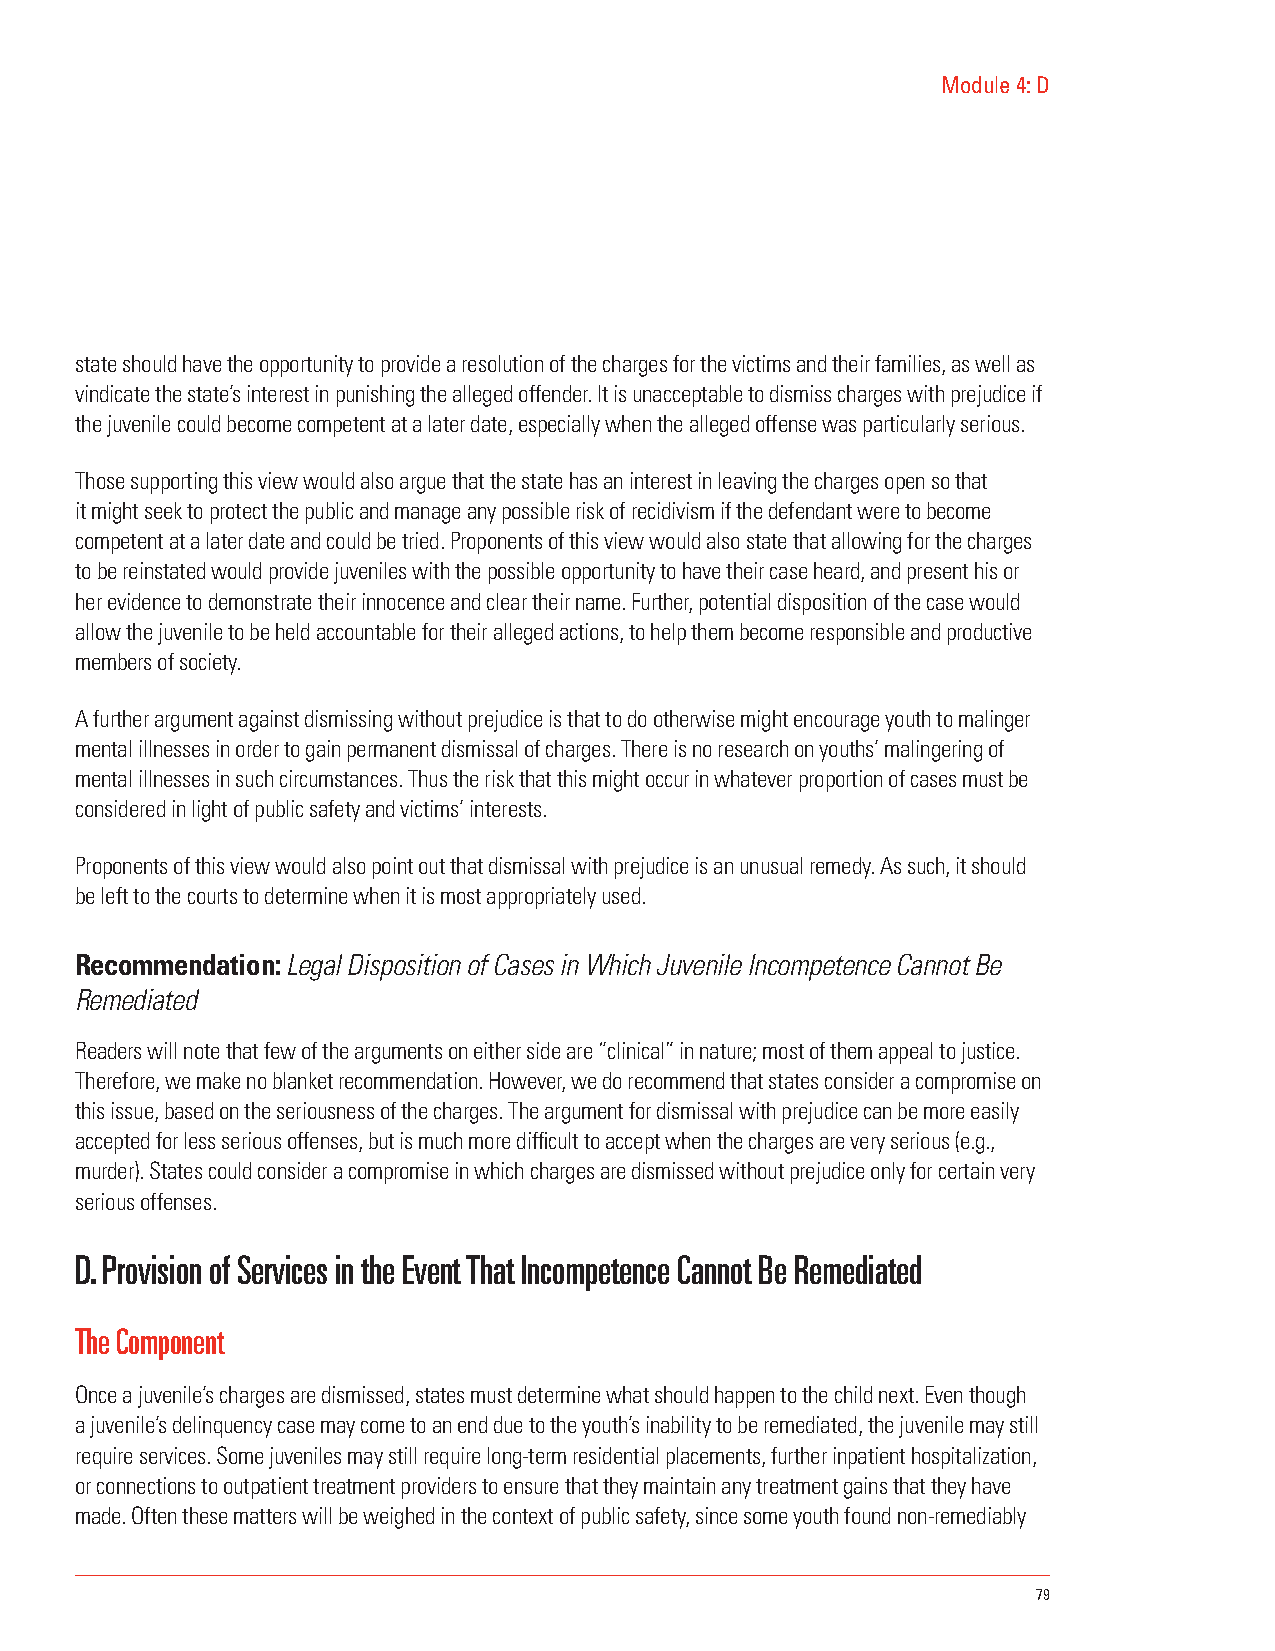
Module 4: D
 state should have the opportunity to provide a resolution of the charges for the victims and their families, as well as
 vindicate the state’s interest in punishing the alleged offender. It is unacceptable to dismiss charges with prejudice if
 the juvenile could become competent at a later date, especially when the alleged offense was particularly serious.
 Those supporting this view would also argue that the state has an interest in leaving the charges open so that
 it might seek to protect the public and manage any possible risk of recidivism if the defendant were to become
 competent at a later date and could be tried. Proponents of this view would also state that allowing for the charges
 to be reinstated would provide juveniles with the possible opportunity to have their case heard, and present his or
 her evidence to demonstrate their innocence and clear their name. Further, potential disposition of the case would
 allow the juvenile to be held accountable for their alleged actions, to help them become responsible and productive
 members of society.
 A further argument against dismissing without prejudice is that to do otherwise might encourage youth to malinger
 mental illnesses in order to gain permanent dismissal of charges. There is no research on youths’ malingering of
 mental illnesses in such circumstances. Thus the risk that this might occur in whatever proportion of cases must be
 considered in light of public safety and victims’ interests.
 Proponents of this view would also point out that dismissal with prejudice is an unusual remedy. As such, it should
 be left to the courts to determine when it is most appropriately used.
 Recommendation: Legal Disposition of Cases in Which Juvenile Incompetence Cannot Be
 Remediated
 Readers will note that few of the arguments on either side are “clinical” in nature; most of them appeal to justice.
 Therefore, we make no blanket recommendation. However, we do recommend that states consider a compromise on
 this issue, based on the seriousness of the charges. The argument for dismissal with prejudice can be more easily
 accepted for less serious offenses, but is much more difficult to accept when the charges are very serious (e.g.,
 murder). States could consider a compromise in which charges are dismissed without prejudice only for certain very
 serious offenses.
 D. Provision of Services in the Event That Incompetence Cannot Be Remediated
 The Component
 Once a juvenile’s charges are dismissed, states must determine what should happen to the child next. Even though
 a juvenile’s delinquency case may come to an end due to the youth’s inability to be remediated, the juvenile may still
 require services. Some juveniles may still require long-term residential placements, further inpatient hospitalization,
 or connections to outpatient treatment providers to ensure that they maintain any treatment gains that they have
 made. Often these matters will be weighed in the context of public safety, since some youth found non-remediably
 79